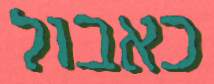
כאבול